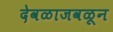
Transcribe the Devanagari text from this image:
देवळाजवळून